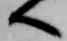
へ